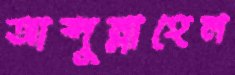
আব্দুল্লাহেল